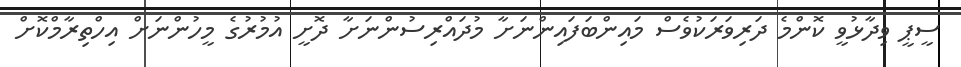
ސީޕީ ވިދާޅުވީ ކޮންމެ ދަރިވަރަކުވެސް މައިންބަފައިންނަށާ މުދައްރިސުންނަށާ ދޮށީ އުމުރުގެ މީހުންނަށް އިހްތިރާމްކޮށް